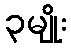
၃မျိုး